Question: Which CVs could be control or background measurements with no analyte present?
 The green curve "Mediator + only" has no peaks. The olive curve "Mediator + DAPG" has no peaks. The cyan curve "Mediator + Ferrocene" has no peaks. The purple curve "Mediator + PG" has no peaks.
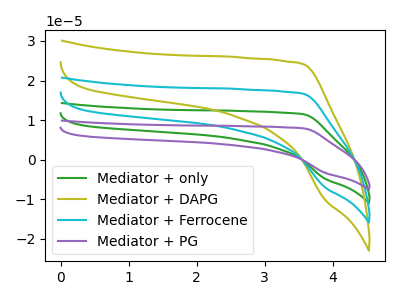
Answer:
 <answer>"Mediator + only", "Mediator + DAPG", "Mediator + Ferrocene" and "Mediator + PG" are likely to be blanks.</answer>
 <eval>"Mediator + only", "Mediator + DAPG", "Mediator + Ferrocene", "Mediator + PG"</eval>